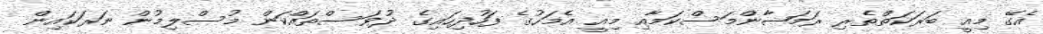
އެގޭ މިއީ ބަރަކަތްތެރި ރަމަޟާންމަސްކަމާއި މިއީ އެމަހުގެ ފަހުދިހައިގެ ދުވަސްތައްކަން މުސްލިމުން ނަރަކައިން